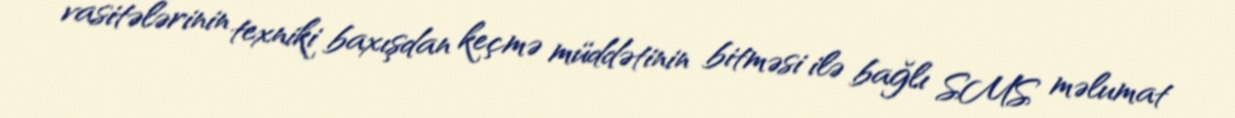
vasitələrinin texniki baxışdan keçmə müddətinin bitməsi ilə bağlı SMS məlumat